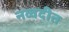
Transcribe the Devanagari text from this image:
नव्वदीत